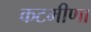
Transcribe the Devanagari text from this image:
कटमीणा